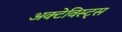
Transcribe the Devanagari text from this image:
अक्टेविस्ट्स